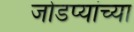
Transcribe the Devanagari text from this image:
जोडप्यांच्या